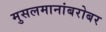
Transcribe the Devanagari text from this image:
मुसलमानांबरोबर